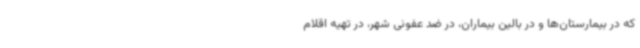
که در بیمارستان‌ها و در بالین بیماران، در ضد عفونی شهر، در تهیه اقلام